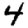
Digit: 4